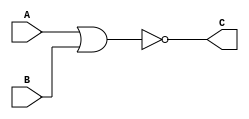
module nor_1b(output C, input A, B);
	nor(C, A, B);
endmodule